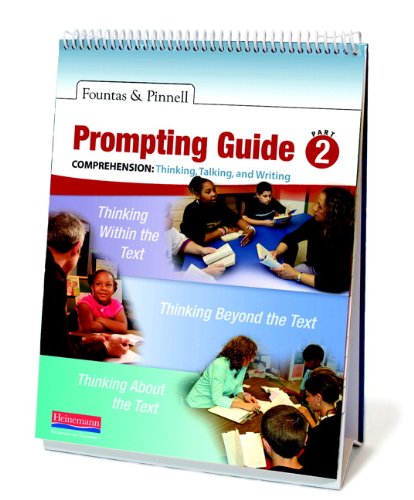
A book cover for Fountas & Pinnell Prompting Guide Part 2 for Comprehension: Thinking, Talking, and Writing; Irene Fountas; Politics & Social Sciences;